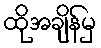
ထိုအချိန်မှ